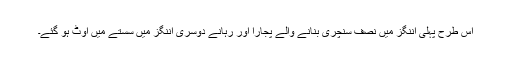
اس طرح پہلی اننگز میں نصف سنچری بنانے والے پجارا اور رہانے دوسری اننگز میں سستے میں آؤٹ ہو گئے۔